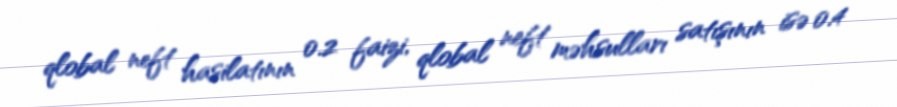
qlobal neft hasilatının 0.2 faizi, qlobal neft məhsulları satışının isə 0.4